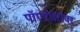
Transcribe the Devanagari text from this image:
पॉण्डेचेरीवर